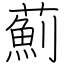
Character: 薊